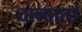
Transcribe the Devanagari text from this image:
दान्दाता